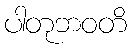
ပါတုဘဝတိ